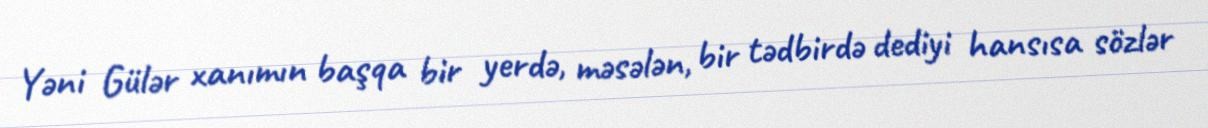
Yəni Gülər xanımın başqa bir yerdə, məsələn, bir tədbirdə dediyi hansısa sözlər